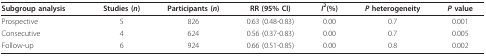
<table><thead><tr><td><b>Subgroup analysis</b></td><td><b>Studies (<i>n</i>)</b></td><td><b>Participants (<i>n</i>)</b></td><td><b>RR (95% CI)</b></td><td><b><i>I</i><sup>2</sup>(%)</b></td><td><b><i>P </i>heterogeneity</b></td><td><b><i>P </i>value</b></td></tr></thead><tbody><tr><td>Prospective</td><td>5</td><td>826</td><td>0.63 (0.48-0.83)</td><td>0.00</td><td>0.7</td><td>0.001</td></tr><tr><td>Consecutive</td><td>4</td><td>624</td><td>0.56 (0.37-0.83)</td><td>0.00</td><td>0.7</td><td>0.005</td></tr><tr><td>Follow-up</td><td>6</td><td>924</td><td>0.66 (0.51-0.85)</td><td>0.00</td><td>0.8</td><td>0.002</td></tr></tbody></table>